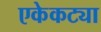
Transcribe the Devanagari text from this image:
एकेकट्या